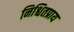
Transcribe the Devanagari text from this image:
निश्चितप्राय